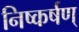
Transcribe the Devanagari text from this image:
निष्कर्षण्